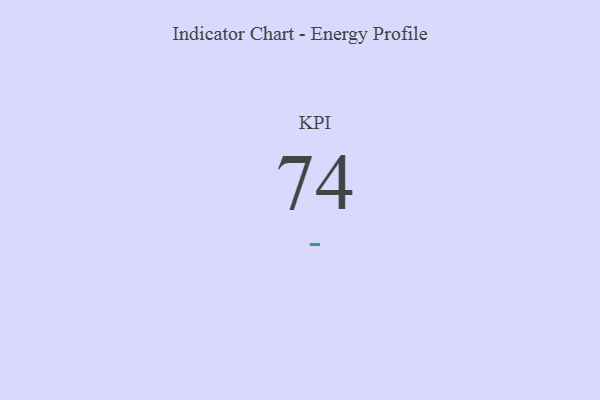
{"axis": {"x": "KPI", "y": "Value"}, "legend": [""], "data": [{"x": "KPI", "y": 74, "type": ""}]}